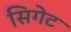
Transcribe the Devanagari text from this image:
सिगेट